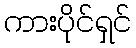
ကားပိုင်ရှင်